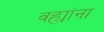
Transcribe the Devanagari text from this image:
वह्यांना